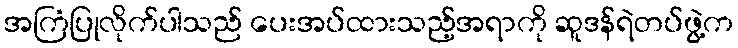
အကြံပြုလိုက်ပါသည် ပေးအပ်ထားသည့်အရာကို ဆူဒန်ရဲတပ်ဖွဲ့က